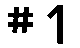
#1